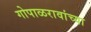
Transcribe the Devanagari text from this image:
गोपाळरावांच्या